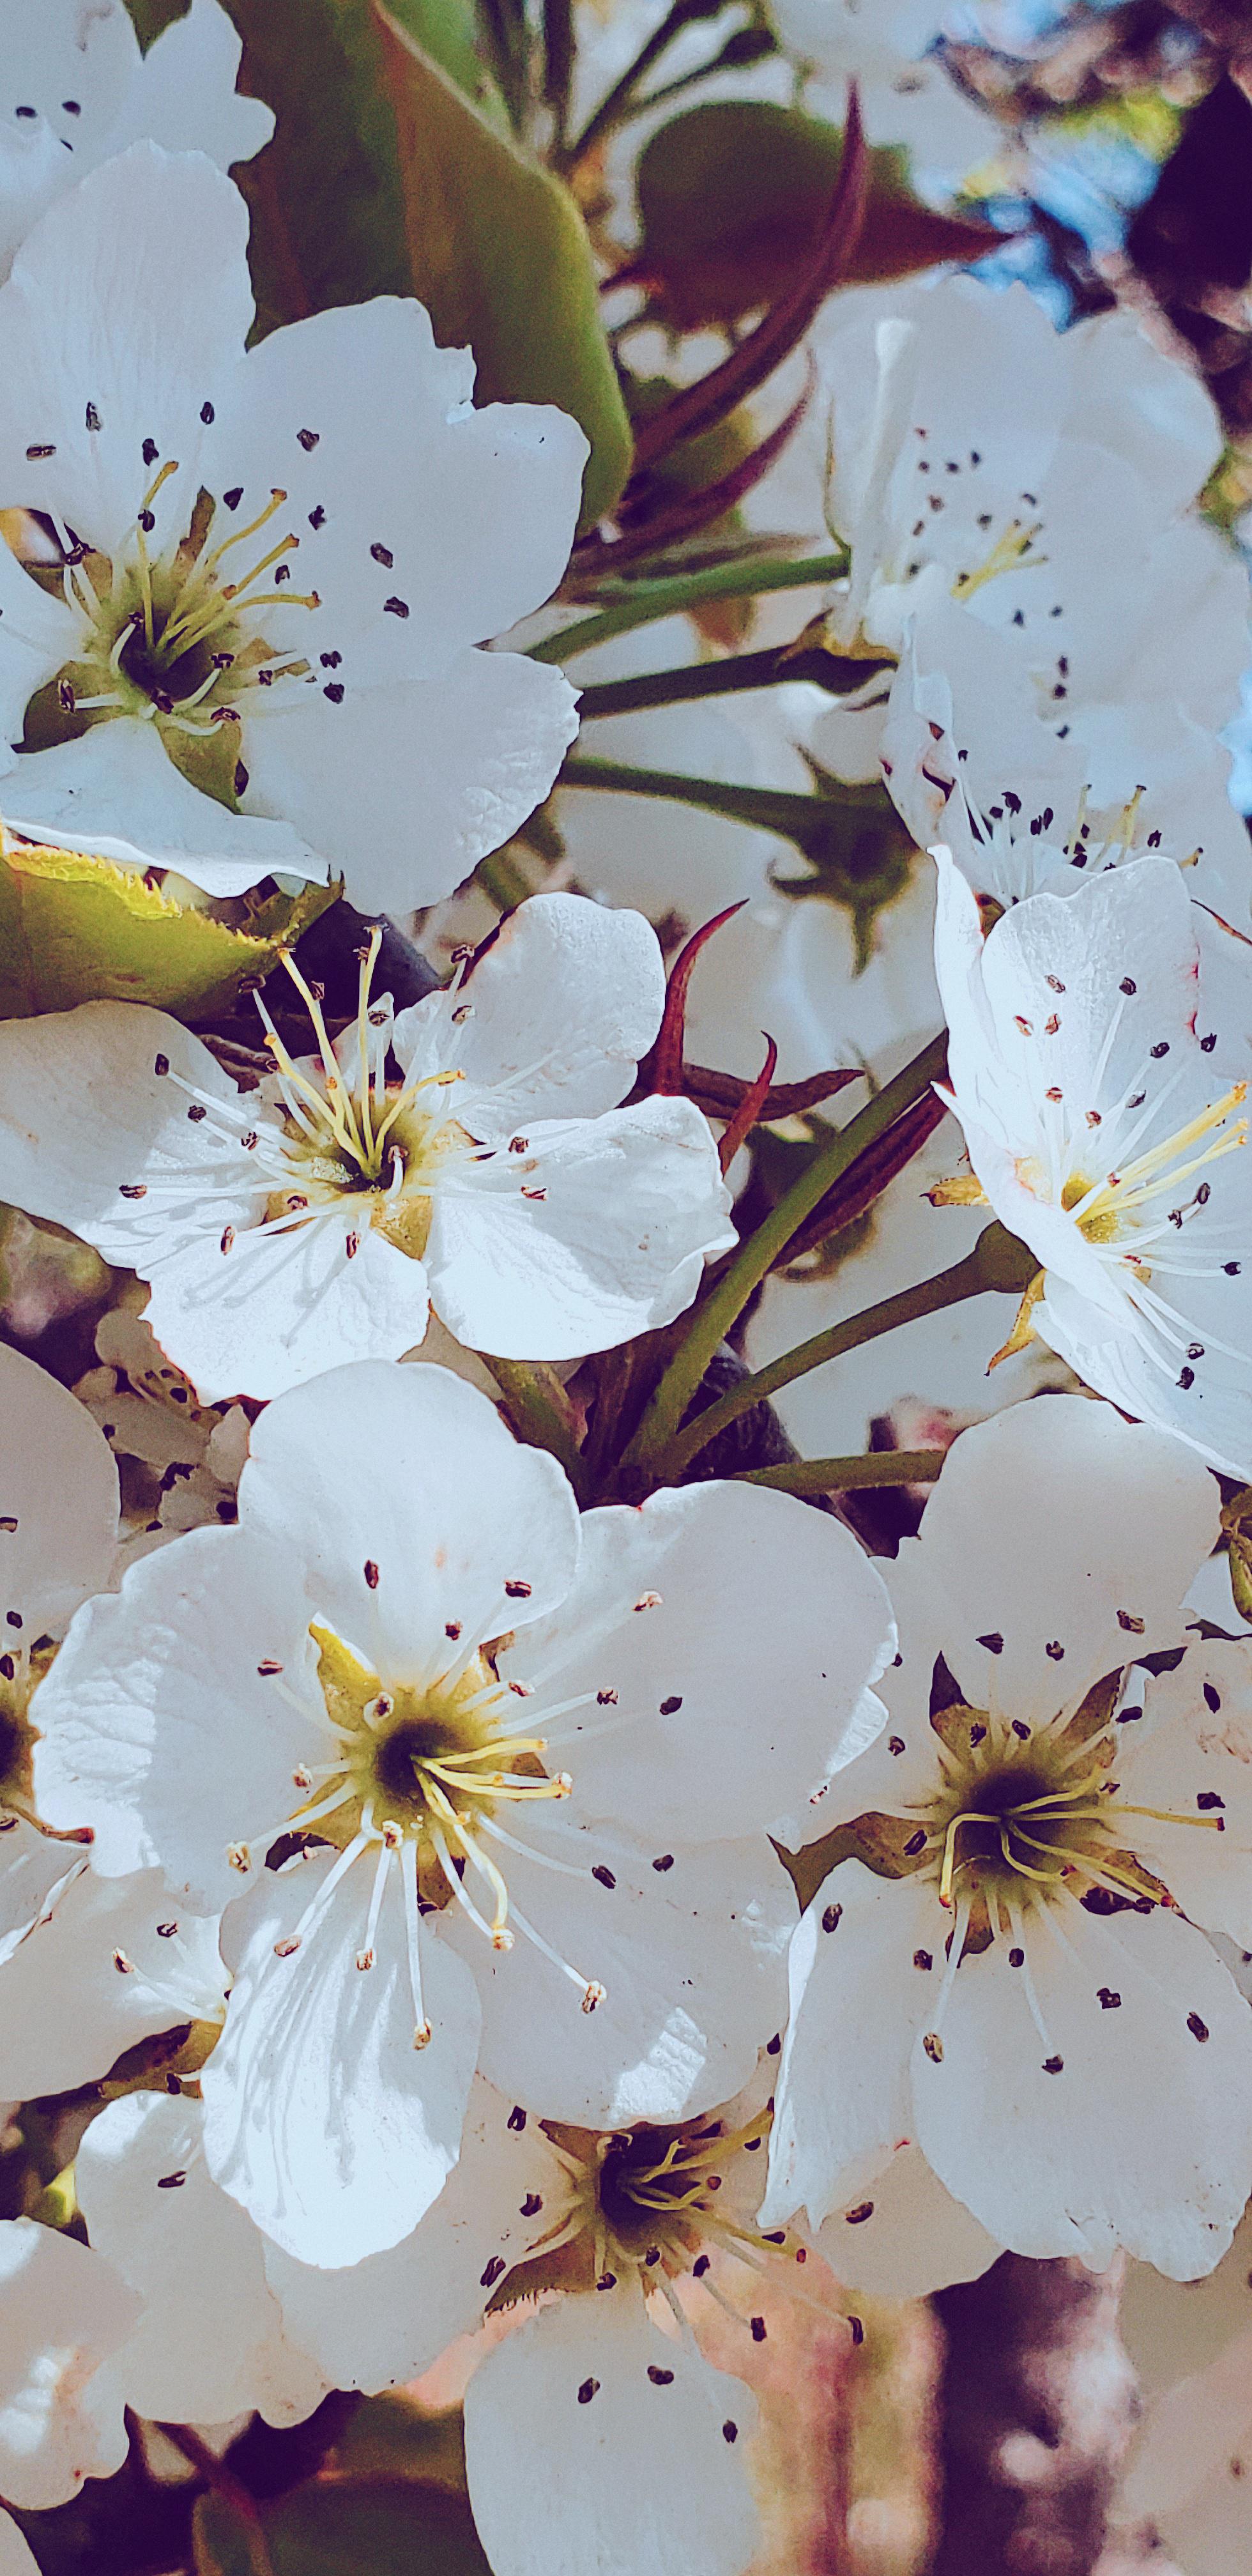
一别如斯，落尽梨花月又西。